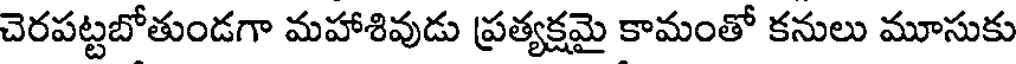
చెరపట్టబోతుండగా మహాశివుడు ప్రత్యక్షమై కామంతో కనులు మూసుకు